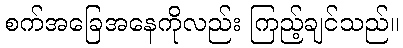
စက်အခြေအနေကိုလည်း ကြည့်ချင်သည်။